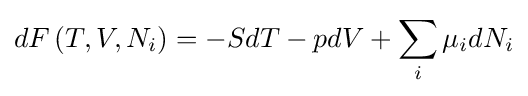
dF\left(T,V,N_{i}\right)=-SdT-pdV+\sum _{i}\mu _{i}dN_{i}